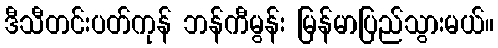
ဒီသီတင်းပတ်ကုန် ဘန်ကီမွန်း မြန်မာပြည်သွားမယ်။